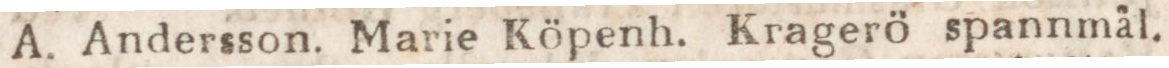
A. Andersson. Marie Köpenh. Kragerö spannmäl.